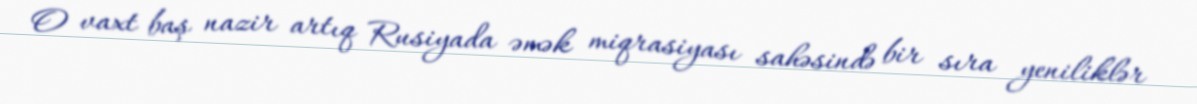
O vaxt baş nazir artıq Rusiyada əmək miqrasiyası sahəsində bir sıra yeniliklər